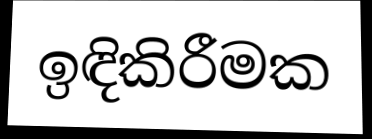
ඉඳිකිරීමක